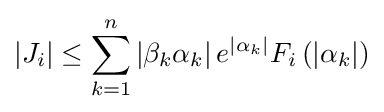
|J_{i}|\leq \sum _{k=1}^{n}\left|\beta _{k}\alpha _{k}\right|e^{|\alpha _{k}|}F_{i}\left(\left|\alpha _{k}\right|\right)